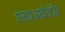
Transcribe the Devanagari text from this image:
एस०आई०टी०